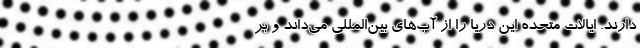
دارند. ایالات متحده این دریا را از آب‌های بین‌المللی می‌داند و بر